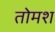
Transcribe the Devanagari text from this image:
तोमश